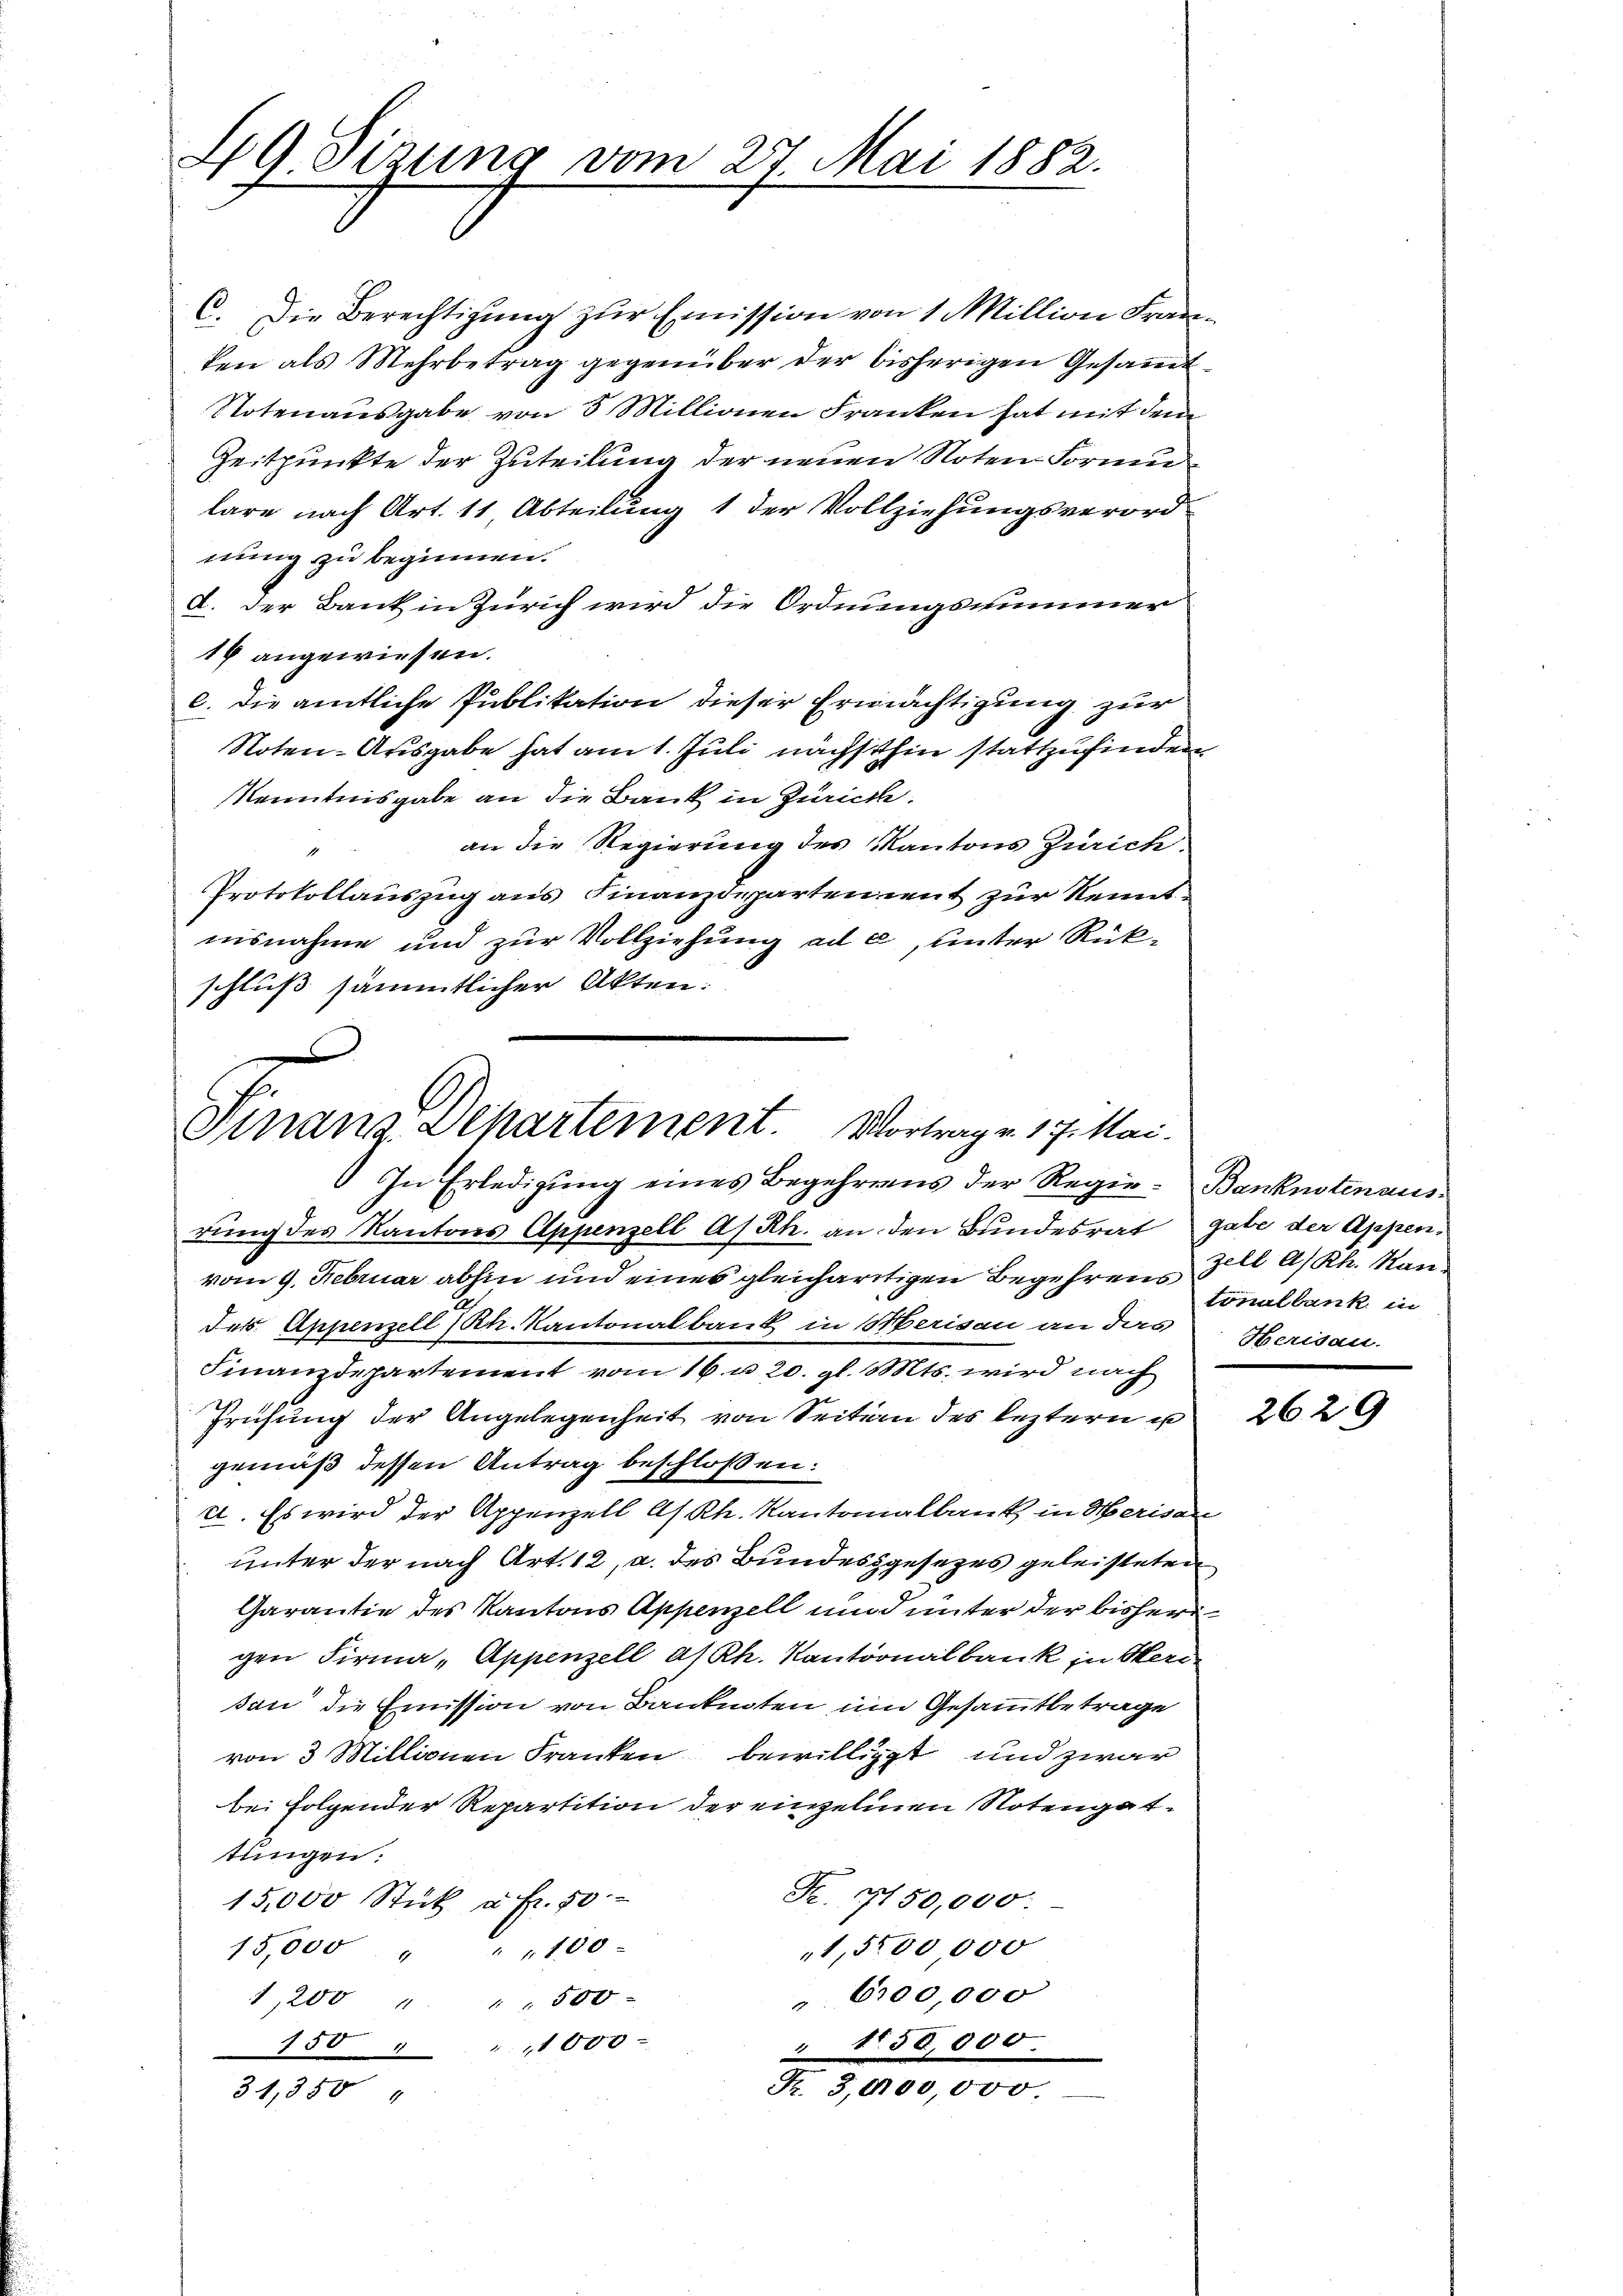
49. Sizung vom 27. Mai 1882.

C. Die Berechtigung zur Emission von 1 Million Franken als Mehrbetrag gegenüber der bisherigen Gesammt¬
Notenausgabe von 5 Millionen Franken hat mit dem
Zeitpunkte der Zuteilung der neuen Noten Formulare nach Art. 11 Abteilung 1 der Vollziehungsverord
nung zu beginnen.
d. Der Bank in Zürich wird die Ordnungssummer
14 angewiesen.
c. die amtliche Publikation dieser Ermächtigung zur
Noten-Ausgabe hat am 1. Juli nächsthin stattzufinden
Kenntnisgabe an die Bank in Zürich.
an die Regierung des Kantons Zürich
Protokollauszug aus Finanzdeparten mit zur Kenntnisnahme und zur Vollziehung ad c, unter Rückschluß sämmtlicher Akten.

Finanz-Departement. Vortrag v. 17. Mai.

In Erledigung eines Begehrens der Regie-Banknotenausrung des Kantons Appenzell A/Rh. an den Bundesrat gabe der Appen-
vom 9. Februar abhin und eines gleichartigen Begehrens Zell A/Rh. Man
des Appenzell (Rh. Kantonalbank in Merisau an das Herisau.
Finanzdepartement vom 16. u 20. gl. Mts. wird nach
Prüfung der Angelegenheit von Seiten des leztern u
gemäß dessen Antrag beschloßen:
c. Es wird der Appenzell A/Rh. Kantonalbank in Merisau
unter der nach Art. 12, a. des Bundesgesezes geleisteten
Garantie des Kantons Appenzell und unter der bisherigen Firma „Appenzell a/Rh. Kantonalbank in Heri
san die Emission von Bankenten um Gesammtbetrage
von 3 Millionen Franten bewilligt und zwar
bei folgender Repartition der einzelnen Notengattungen:
Fr. 7150,000.
15,000 Stück à Fr. 50
1,500,000
15,000 " " " 100
" 600,000
,200 " " " 500
" 1150,000.
150 " 11000
Fr. 3,000,000.
31,350

tonalbank in

2629